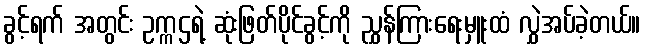
ခွင့်ရက် အတွင်း ဥက္ကဌရဲ့ ဆုံးဖြတ်ပိုင်ခွင့်ကို ညွှန်ကြားရေးမှူးထံ လွှဲအပ်ခဲ့တယ်။